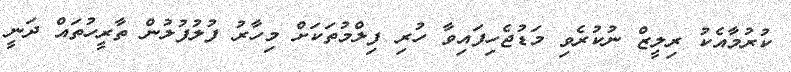
ކުރުމާއެކު ރިލީޒް ނުކުރެވި މަޑުޖެހިފައިވާ ހުރި ފިލްމުތަކަށް މިހާރު ފުލުފުލުން ތާރީހުތައް ދަނީ